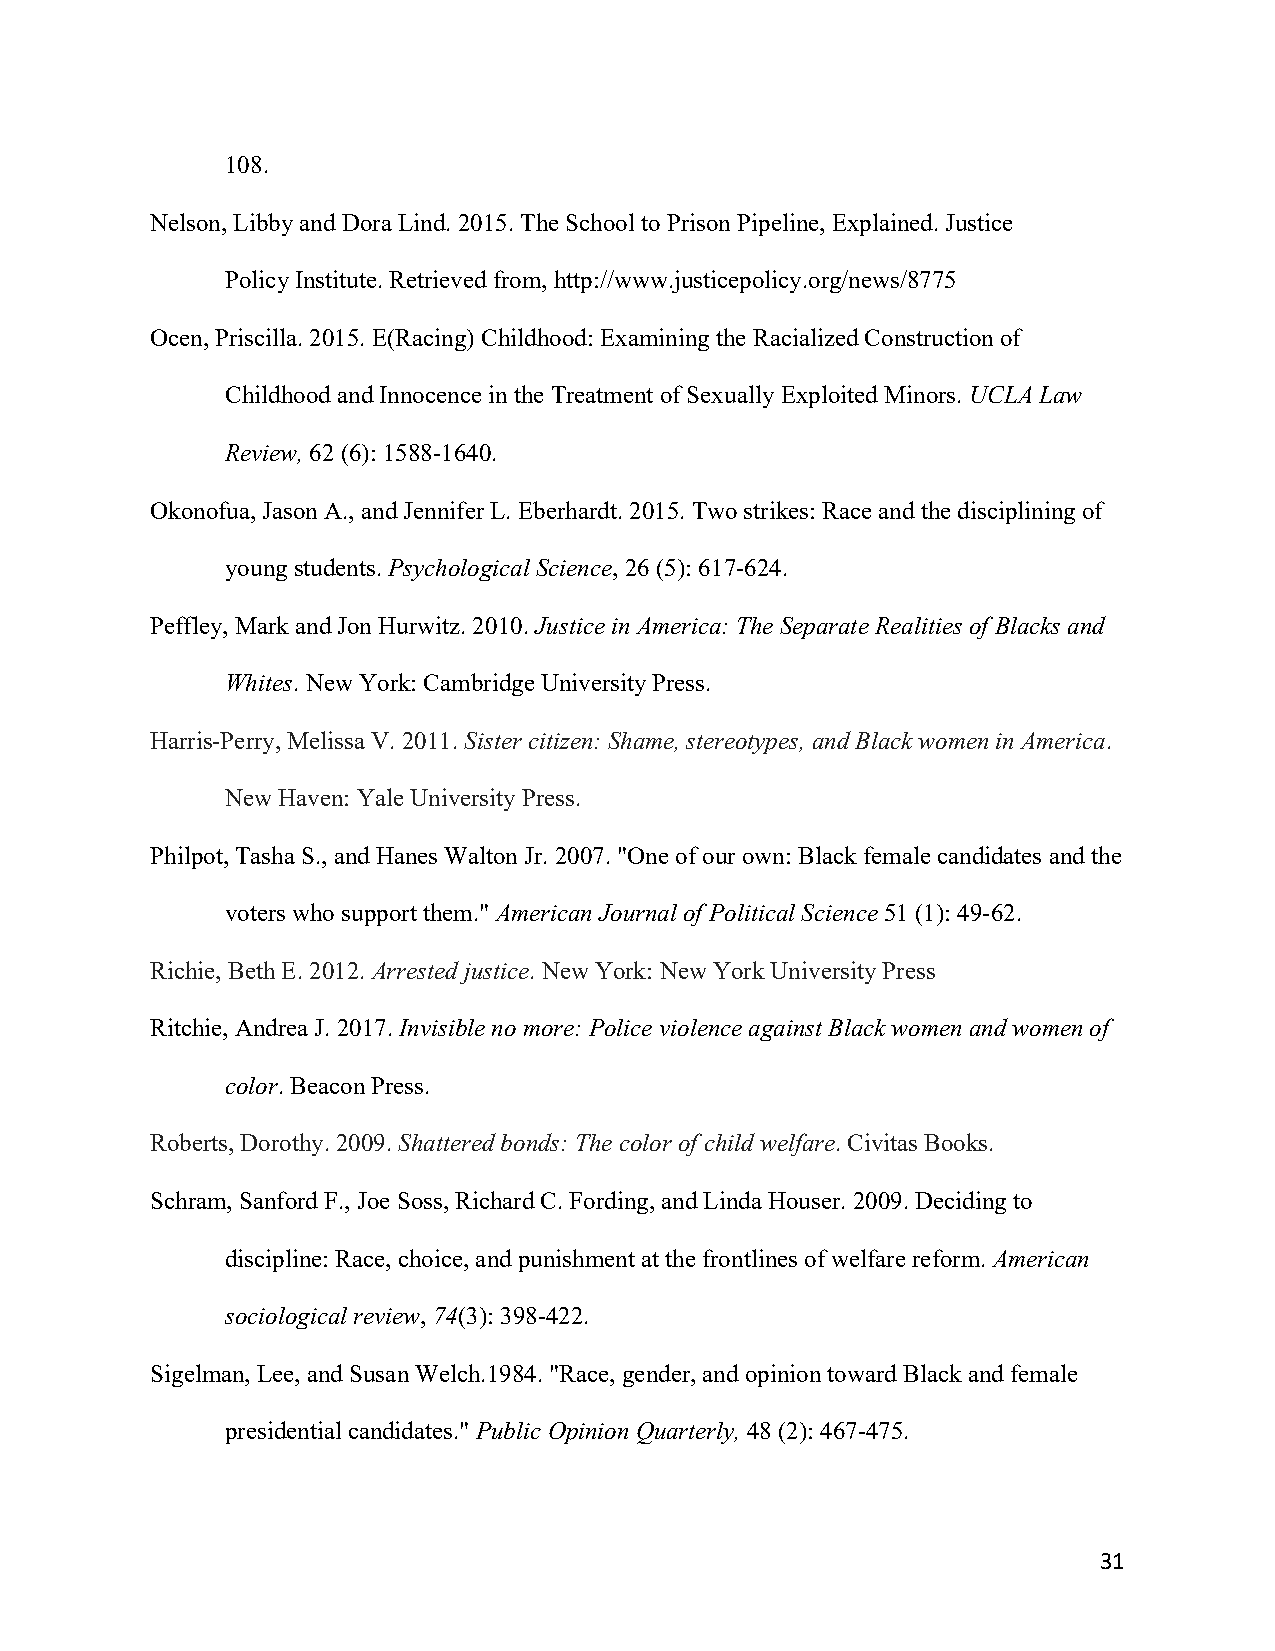
108.
 Nelson, Libby and Dora Lind. 2015. The School to Prison Pipeline, Explained. Justice
 Policy Institute. Retrieved from, http://www.justicepolicy.org/news/8775
 Ocen, Priscilla. 2015. E(Racing) Childhood: Examining the Racialized Construction of
 Childhood and Innocence in the Treatment of Sexually Exploited Minors. UCLA Law
 Review, 62 (6): 1588-1640.
 Okonofua, Jason A., and Jennifer L. Eberhardt. 2015. Two strikes: Race and the disciplining of
 young students. Psychological Science, 26 (5): 617-624.
 Peffley, Mark and Jon Hurwitz. 2010. Justice in America: The Separate Realities of Blacks and
 Whites. New York: Cambridge University Press.
 Harris-Perry, Melissa V. 2011. Sister citizen: Shame, stereotypes, and Black women in America.
 New Haven: Yale University Press.
 Philpot, Tasha S., and Hanes Walton Jr. 2007. "One of our own: Black female candidates and the
 voters who support them." American Journal of Political Science 51 (1): 49-62.
 Richie, Beth E. 2012. Arrested justice. New York: New York University Press
 Ritchie, Andrea J. 2017. Invisible no more: Police violence against Black women and women of
 color. Beacon Press.
 Roberts, Dorothy. 2009. Shattered bonds: The color of child welfare. Civitas Books.
 Schram, Sanford F., Joe Soss, Richard C. Fording, and Linda Houser. 2009. Deciding to
 discipline: Race, choice, and punishment at the frontlines of welfare reform. American
 sociological review, 74(3): 398-422.
 Sigelman, Lee, and Susan Welch.1984. "Race, gender, and opinion toward Black and female
 presidential candidates." Public Opinion Quarterly, 48 (2): 467-475.
 31